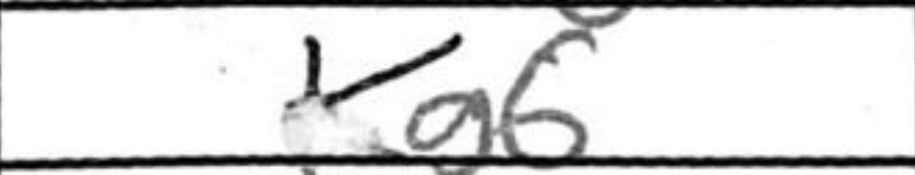
Transcription: Kg6